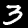
Digit: 3